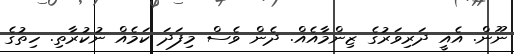
ނޫން. އެއީ ދަރިވަރުގެ ޒިންމާއެއް. ދެން ވެސް މިފަދަ ކަމެއް ނުކުރާތި. ހިތުގެ